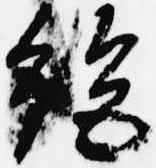
絶